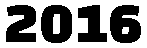
2016